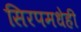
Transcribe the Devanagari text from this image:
सिरपमधेही